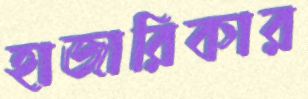
হাজারিকার